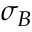
\sigma _ { B }